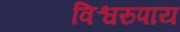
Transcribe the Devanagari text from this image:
विश्वरुपाय